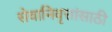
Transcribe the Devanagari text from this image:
सेवानिवृत्तांसाठी